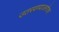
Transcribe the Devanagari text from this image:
उतरवण्याअगोदर